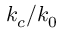
k _ { c } / k _ { 0 }